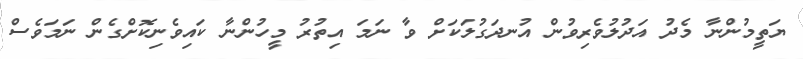
ޔަތީމުންނާ މެދު އަދުލުވެރިވުން އުނދަގުލަކަށް ވާ ނަމަ އިތުރު މީހުންނާ ކައިވެނިކޮށްގެން ނަމަވެސް